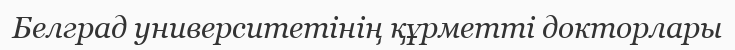
Белград университетінің құрметті докторлары